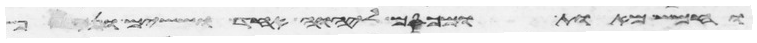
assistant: וחמש מאות ומכסם ליהוה אחד וששים